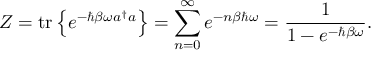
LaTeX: Z = { \mathrm { t r } } \left\{ \displaystyle e ^ { - \hbar \beta \omega a ^ { \dagger } a } \right\} = \sum _ { n = 0 } ^ { \infty } e ^ { - n \beta \hbar \omega } = { \frac { 1 } { 1 - e ^ { - \hbar \beta \omega } } } .